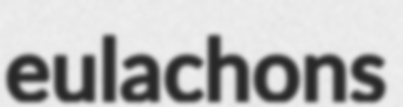
eulachons